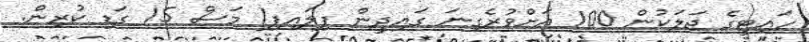
ހައިޓީގެ ޖަލަކުން 100 އަށްވުރެގިނަ ގައިދީން ފިލައިފި1 މަސް 15 ގަޑި ކުރިން.